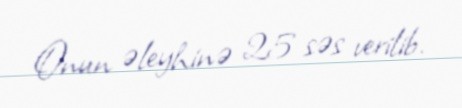
Onun əleyhinə 25 səs verilib.